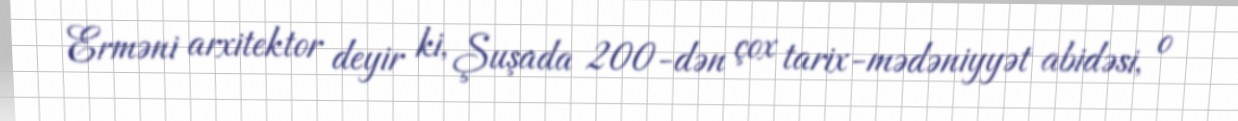
Erməni arxitektor deyir ki, Şuşada 200-dən çox tarix-mədəniyyət abidəsi, o